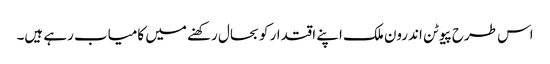
اس طرح پیوٹن اندرون ملک اپنے اقتدار کو بحال رکھنے میں کامیاب رہے ہیں۔